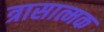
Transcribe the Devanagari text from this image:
त्रासात्मक